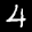
Label: 4